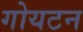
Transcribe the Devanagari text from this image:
गोयटन